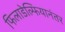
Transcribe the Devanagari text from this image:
फिलाडेल्फियानंतर